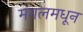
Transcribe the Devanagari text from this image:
मंगलमधून